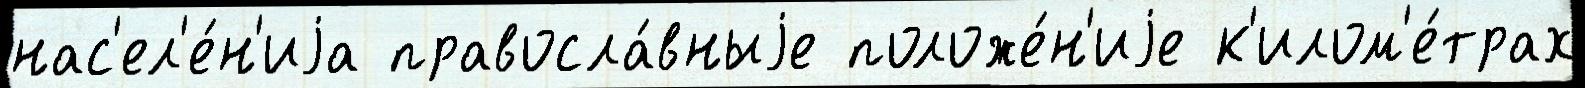
нас'ел'е́н'иjа правосла́вныjе положе́н'иjе к'илом'е́трах